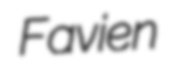
Favien